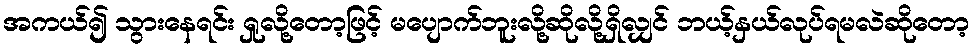
အကယ်၍ သွားနေရင်း ရှုလို့တော့ဖြင့် မပျောက်ဘူးလို့ဆိုလို့ရှိလျှင် ဘယ့်နှယ်လုပ်ရမလဲဆိုတော့